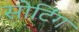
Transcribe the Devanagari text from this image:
सोर्टिंग